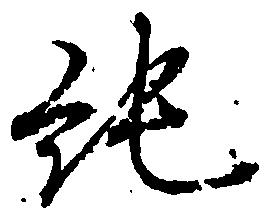
純